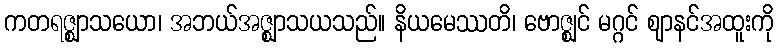
ကတရဇ္ဈာသယော၊ အဘယ်အဇ္ဈာသယသည်။ နိယမေဿတိ၊ ဗောဇ္ဈင် မဂ္ဂင် ဈာနင်အထူးကို